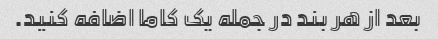
بعد از هر بند در جمله یک کاما اضافه کنید.